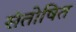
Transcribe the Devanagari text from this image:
संतोषित